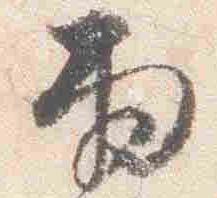
雨